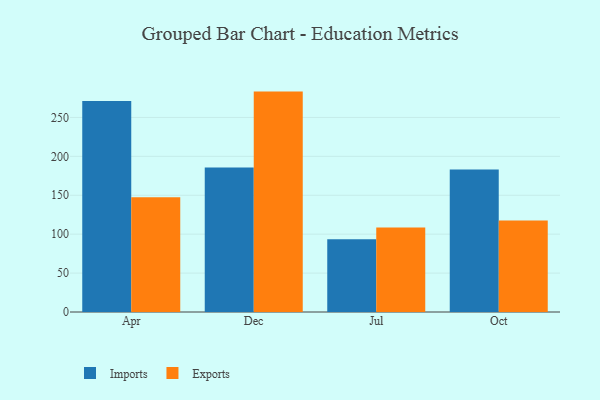
{"axis": {"x": "Month", "y": "Gross Profit (USD K)"}, "legend": ["Exports", "Imports"], "data": [{"x": "Apr", "y": 271.2, "type": "Imports"}, {"x": "Apr", "y": 147.3, "type": "Exports"}, {"x": "Dec", "y": 185.7, "type": "Imports"}, {"x": "Dec", "y": 283.2, "type": "Exports"}, {"x": "Jul", "y": 93.6, "type": "Imports"}, {"x": "Jul", "y": 108.7, "type": "Exports"}, {"x": "Oct", "y": 183.1, "type": "Imports"}, {"x": "Oct", "y": 117.6, "type": "Exports"}]}